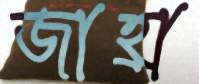
জাহ্রা